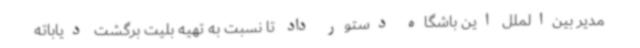
مدیر بین‌الملل این باشگاه دستور داد تا نسبت به تهیه بلیت برگشت دیاباته